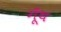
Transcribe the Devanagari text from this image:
गूॅंथ